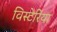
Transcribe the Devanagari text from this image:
विस्टेरिया